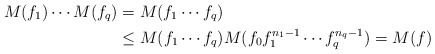
\begin{align*}M(f_1) \cdots M(f_q) & = M(f_1\cdots f_q)\\& \leq M(f_1\cdots f_q)M(f_0f_1^{n_1-1}\cdots f_q^{n_q-1})=M(f)\end{align*}